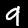
Label: 9